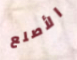
الأصلع